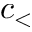
c _ { < }